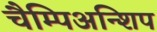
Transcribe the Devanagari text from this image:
चैम्पिअन्शिप